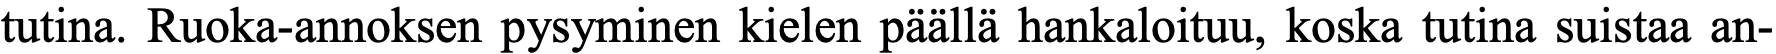
tutina. Ruoka-annoksen pysyminen kielen päällä hankaloituu, koska tutina suistaa an-